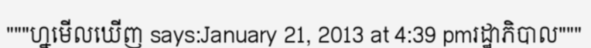
"""ហ្នមើលឃើញ says:January 21, 2013 at 4:39 pmរដ្ឋាភិបាល"""